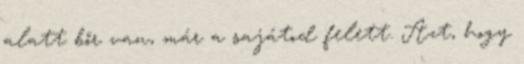
alatt bőr van, már a sajátod felett. Azt, hogy